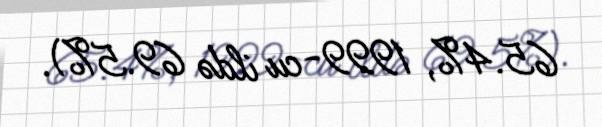
65.4%, 1999-cu ildə 69.5%).